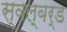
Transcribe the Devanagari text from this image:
स्वल्बर्ड